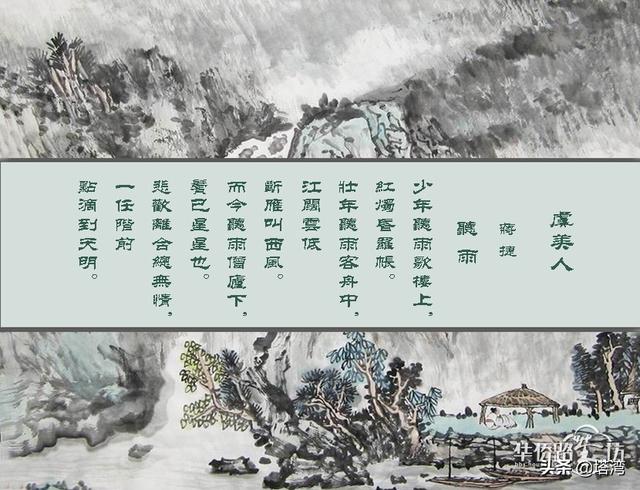
少年听雨歌楼上。红烛昏罗帐。